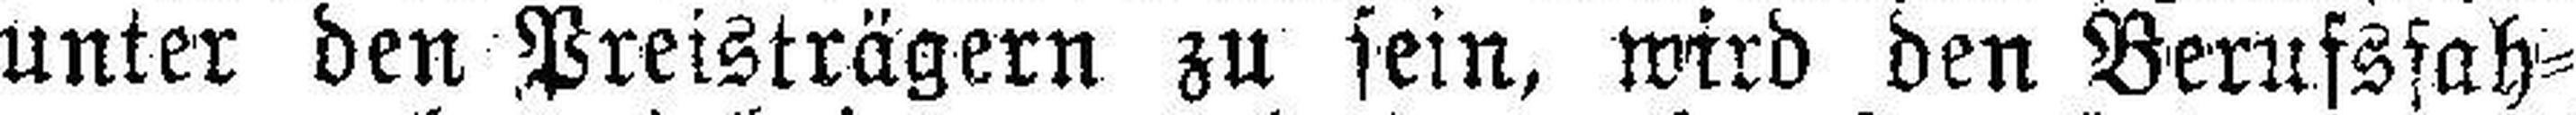
unter den Preisträgern zu sein, wird den Berufsfah¬